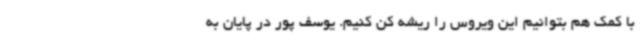
با کمک هم بتوانیم این ویروس را ریشه کن کنیم. یوسف پور در پایان به